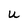
Character: U